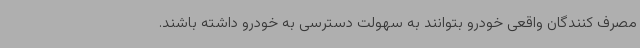
مصرف کنندگان واقعی خودرو بتوانند به سهولت دسترسی به خودرو داشته باشند.